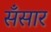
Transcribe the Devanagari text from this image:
सँसार